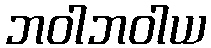
ဘဝါဘဝါယ